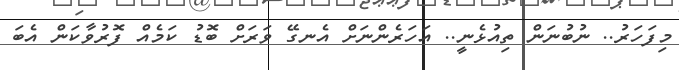
މިފަހަރު.. ނުބުނަން ތިއުޅެނީ.. އަހަރެންނަށް އެނގޭ ވަރަށް ބޮޑު ކަމެއް ފޮރުވާކަން އެބަ